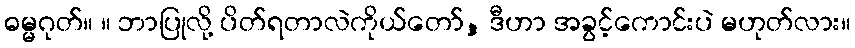
ဓမ္မဂုတ်။ ။ ဘာပြုလို့ ပိတ်ရတာလဲကိုယ်တော်, ဒီဟာ အခွင့်ကောင်းပဲ မဟုတ်လား။